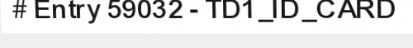
# Entry 59032 - TD1_ID_CARD